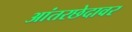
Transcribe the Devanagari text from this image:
आंतरछेदावर